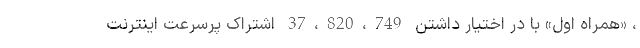
، «همراه اول» با در اختیار داشتن 37،820،749 اشتراک پرسرعت اینترنت